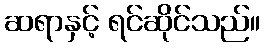
ဆရာနှင့် ရင်ဆိုင်သည်။